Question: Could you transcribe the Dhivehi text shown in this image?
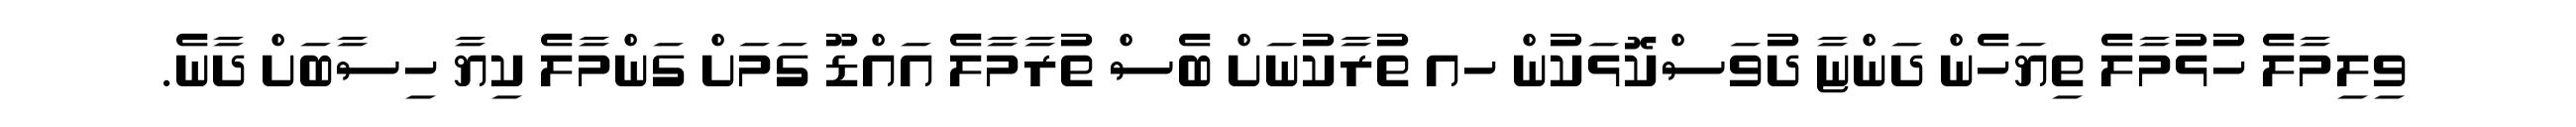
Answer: ވިލިމާލެ ހުޅުމާލެ ތިޔަހެން ދަންޏާ ދުވަސްކޮޅަކުން ހއ ތުރާކުނަށް ބެސް ތުރާމާލެ އައްޑޫ ގަމަށް ގަންމާލެ ކިޔާ ހިސާބަށް ދާނެ.